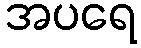
အပရေ